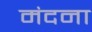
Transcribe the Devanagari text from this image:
मंदना